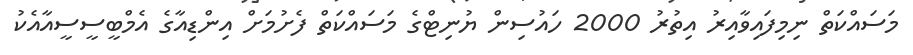
މަސައްކަތް ނިމިފައިވާއިރު އިތުރު 2000 ހައުސިން ޔުނިޓްގެ މަސައްކަތް ފެށުމަށް އިންޑިއާގެ އެމްބީސީސީއާއެކު